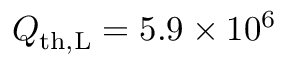
Q _ { \mathrm { t h , L } } = 5 . 9 \times 1 0 ^ { 6 }